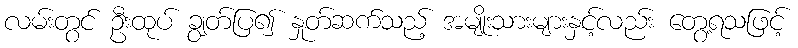
လမ်းတွင် ဦးထုပ် ချွတ်ပြ၍ နှုတ်ဆက်သည့် အမျိုးသားများနှင့်လည်း တွေ့ရသဖြင့်